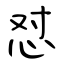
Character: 怼